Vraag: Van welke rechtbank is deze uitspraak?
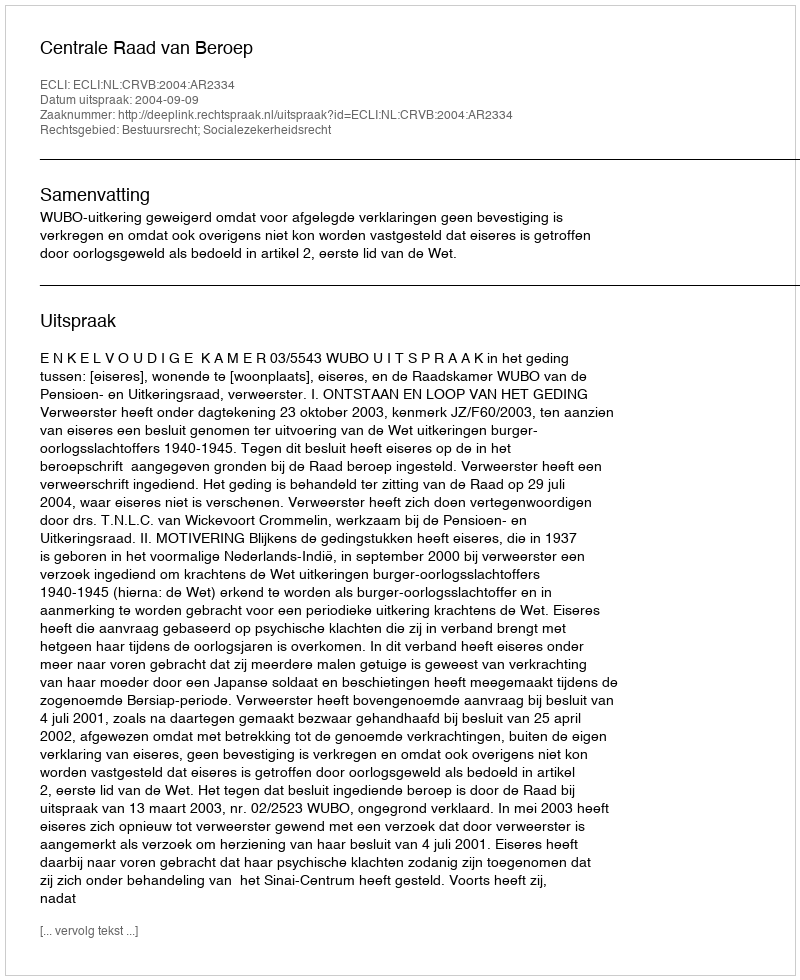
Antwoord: Centrale Raad van Beroep